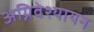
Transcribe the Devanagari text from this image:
अग्निवेश्यायन